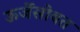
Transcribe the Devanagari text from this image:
ऊर्जेसोबत